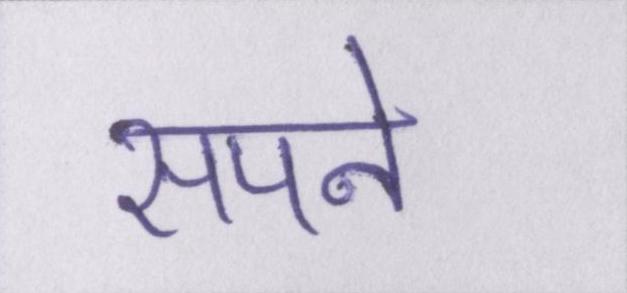
सपने